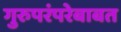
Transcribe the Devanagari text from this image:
गुरुपरंपरेबाबत